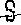
S